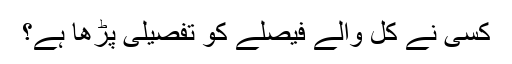
کسی نے کل والے فیصلے کو تفصیلی پڑھا ہے؟